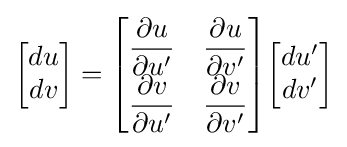
{\begin{bmatrix}du\\dv\end{bmatrix}}={\begin{bmatrix}{\dfrac {\partial u}{\partial u'}}&{\dfrac {\partial u}{\partial v'}}\\{\dfrac {\partial v}{\partial u'}}&{\dfrac {\partial v}{\partial v'}}\end{bmatrix}}{\begin{bmatrix}du'\\dv'\end{bmatrix}}